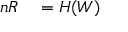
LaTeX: \begin{array} { r l } { n R } & { { } = H ( W ) } \end{array}